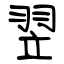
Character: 翌